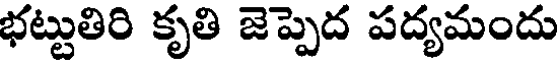
భట్టుతిరి కృతి జెప్పెద పద్యమందు